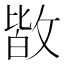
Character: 𭤀